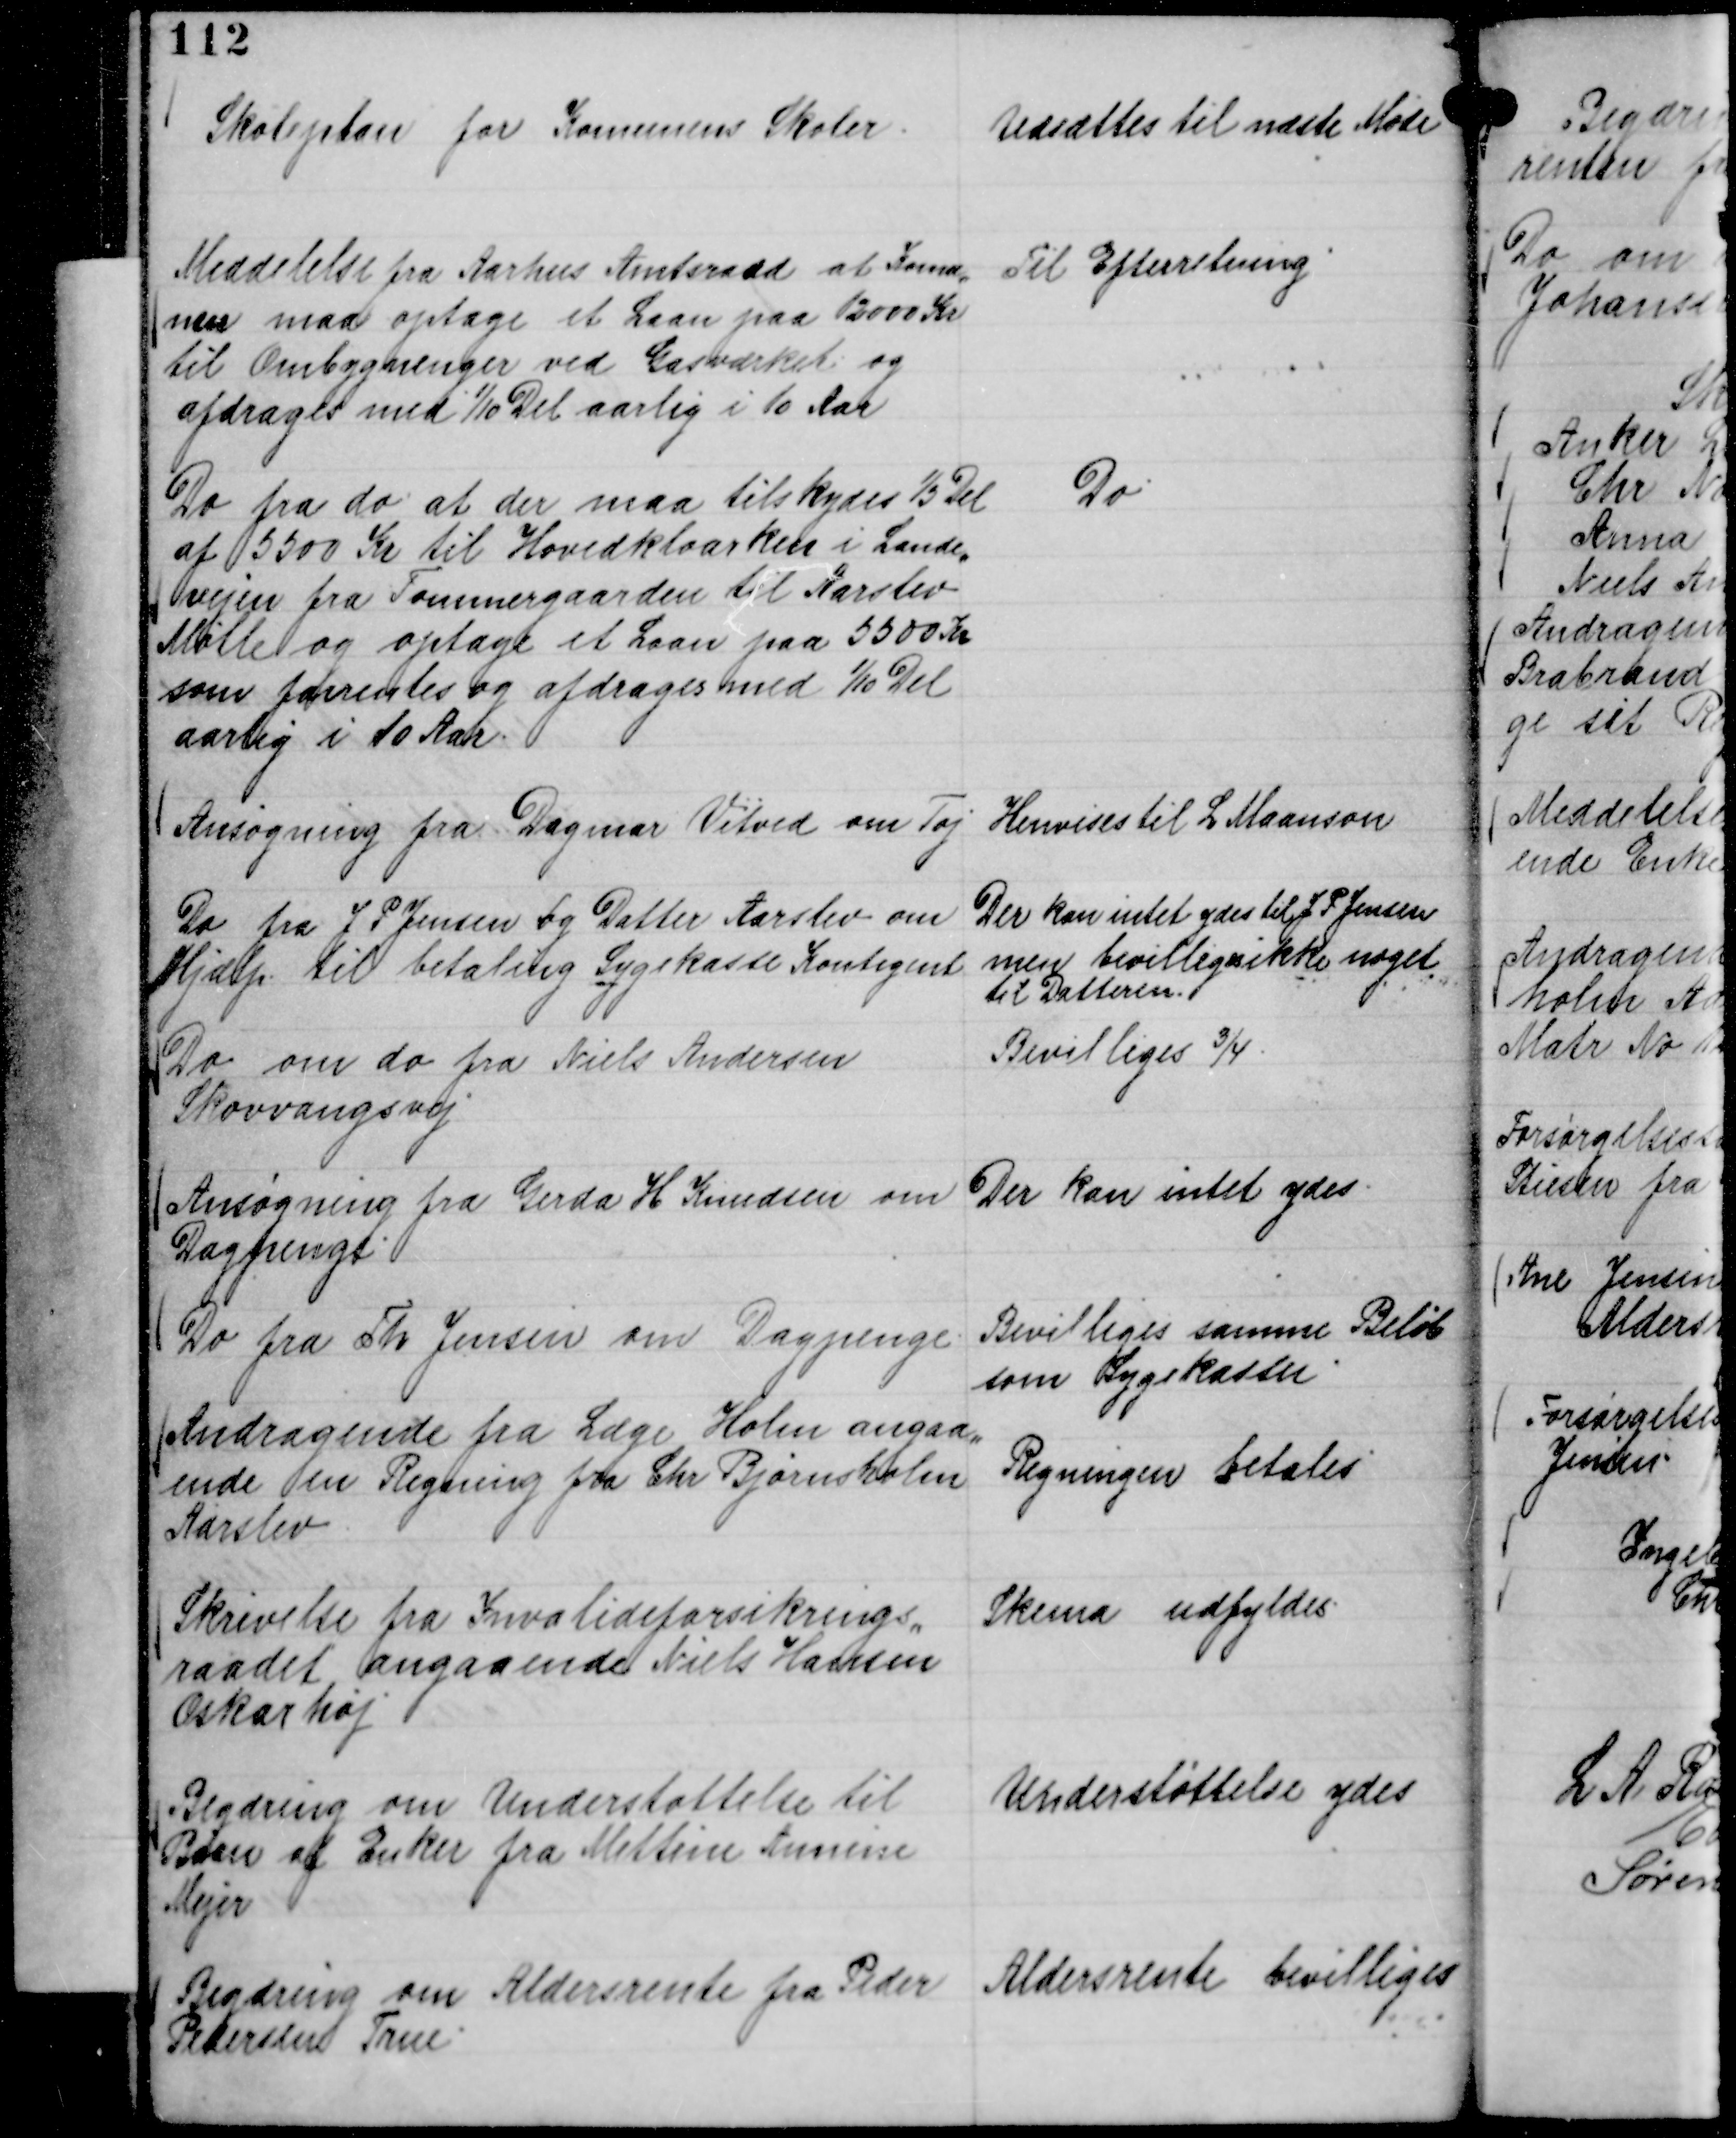
Transskription:
Skoleplan for Komunens Skoler.

Udsættes til næste Møde

Meddelelse fra Aarhus Amtsraad at Komu,,
nen maa optage et Laan paa 12000 Kr
til Ombygninger ved Gasværket og
afdrages med

1/10 Del aarlig i 10 Aar

Til Efterretning

Do fra do at der maa tilskydes

1/5 Del
af 5500 Kr til Hovedkloarken i Lande,,
vejen fra Tømmergaarden til Aarslev
Mølle og optage et Laan paa 5500 Kr
som forrentes og afdrages med

1/10 Del
aarlig i 10 Aar.

Do

Ansøgning fra Dagmar Vitved om Tøj

Henvises til L Maanson

Do fra J P Jensen og Datter Aarslev om
Hjælp til betaling Sygekasse Kontigent

Der kan intet ydes til J P Jensen
men bevilliges ikke noget
til Datteren.

Do om do fra Niels Andersen
Skovvangsvej

Bevilliges ¾.

Ansøgning fra Gerda H Knudsen om
Dagpenge

Der kan intet ydes.

Do fra Th Jensen om Dagpenge.

Bevilliges samme Beløb
som Sygekassn

Andragende fra Læge Holm angaa,,
ende en Regning fra Chr Bjørnsholm
Aarslev

Regningen betales

Skrivelse fra Invalideforsikrings,,
raadet angaaende Niels Hansen
Oskarhøj

Skema udfyldes.

Begæring om Understøttelse til
Børn af Enker fra Mettine Annine
Mejer

Understøttelse ydes

Begæring om Aldersrente fra Peder
Pedersen True

Aldersrente bevilliges